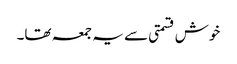
خوش قسمتی سے یہ جمعہ تھا۔